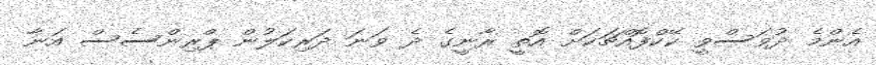
އެންމެ ދުވަސްވީ ކޭކްފޮއްްޗަކަށް އޮތީ ރާނީގެ ދެ ވަނަ ދަރިކަލުން ޕްރިންސެސް އަނާ